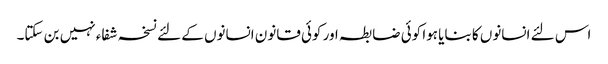
اس لئے انسانوں کا بنایا ہوا کوئی ضابطہ اور کوئی قانون انسانوں کے لئے نسخہ شفاء نہیں بن سکتا۔